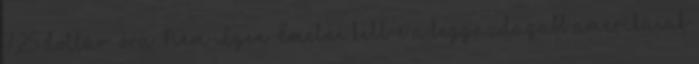
7,25 dollár óra Nem Igen Emelni kell-e a leggazdagabb amerikaiak